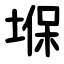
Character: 堢